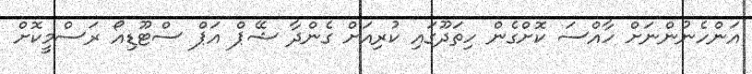
އަންހެނުންނަށް ހާއްސަ ކޮށްގެން ހިތަދޫގައި ކުރިއަށް ގެންދާ ޝޭޕް އަޕް ސްޓޫޑިއޯ ރަސްމީކޮށް